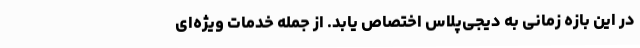
در این بازه زمانی به دیجی‌پلاس اختصاص یابد. از جمله خدمات ویژه‌ای